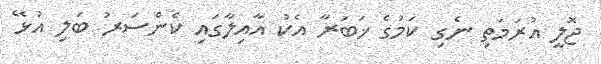
ޖޮލީ އުރަމަތި ނެގި ކަމުގެ ޚަބަރާ އެކު އާއިލާގައި ކެންސަރު ބަލި އުޅޭ